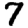
Digit: 7